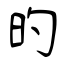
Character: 旳